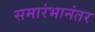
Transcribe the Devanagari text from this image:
समारंभानंतर